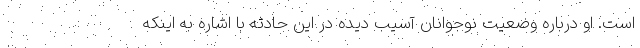
است. او درباره وضعیت نوجوانان آسیب دیده در این حادثه با اشاره به اینکه